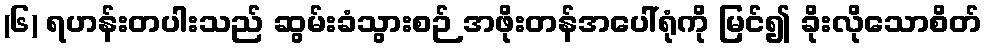
(၆) ရဟန်းတပါးသည် ဆွမ်းခံသွားစဉ် အဖိုးတန်အပေါ်ရုံကို မြင်၍ ခိုးလိုသောစိတ်